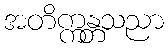
အတိက္ကန္တသညာ